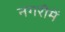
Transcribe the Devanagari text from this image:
नगरीमें